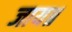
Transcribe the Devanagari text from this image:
जाय॥